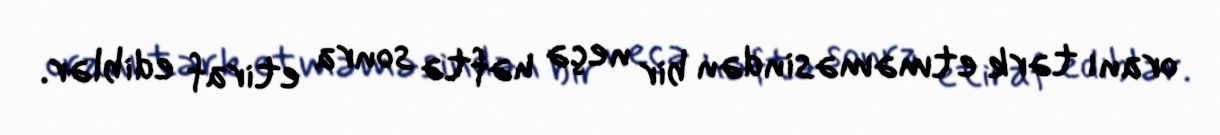
oranı tərk etməməsindən bir neçə həftə sonra etiraf ediblər.